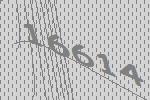
16614